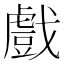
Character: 戲